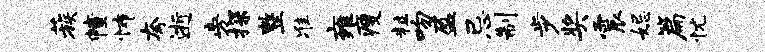
蔟幢怖夸逝旁探整准雍瘦粒吻盈忌制步奖震妃篇忧